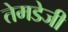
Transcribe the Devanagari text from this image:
तेमडेजी